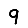
Digit: 9